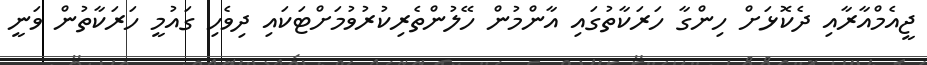
ޖީއެމްއާރާއި ދެކޮޅަށް ހިންގާ ހަރަކާތުގައި އާންމުން ހޭލުންތެރިކުރުވުމަށްޓަކައި ދިވެހި ގައުމީ ހަރަކާތުން ވަނީ